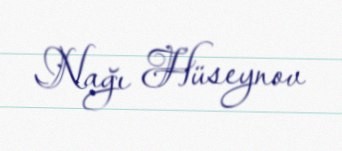
Nağı Hüseynov